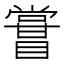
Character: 𥋤